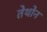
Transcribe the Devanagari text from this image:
तेथोन